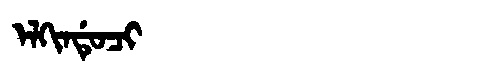
Manchu: ᡝᠯᡴᡳᠨᡩᡠᠴᡳ
Romanization: ELKINDUCI